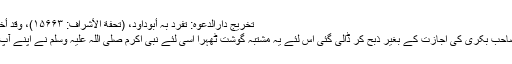
تخریج دارالدعوہ: تفرد بہ أبوداود، (تحفة الأشراف: ۱۵۶۶۳)، وقد أخرجہ: مسند احمد (۵/۲۹۳، ۴۰۸) (صحیح)
وضاحت: وضاحت ۱؎: چونکہ بکری، صاحب بکری کی اجازت کے بغیر ذبح کر ڈالی گئی اس لئے یہ مشتبہ گوشت ٹھہرا اسی لئے نبی اکرم صلی اللہ علیہ وسلم نے اپنے آپ کو اس مشتبہ چیز کے کھانے سے بچایا۔